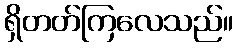
ရှိတတ်ကြလေသည်။